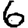
Digit: 6